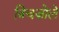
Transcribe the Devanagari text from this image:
त्रिचज़ोले